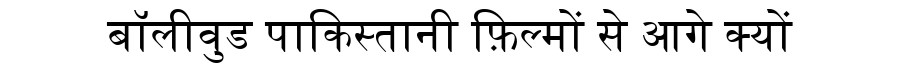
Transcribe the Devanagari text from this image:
बॉलीवुड पाकिस्तानी फ़िल्मों से आगे क्यों